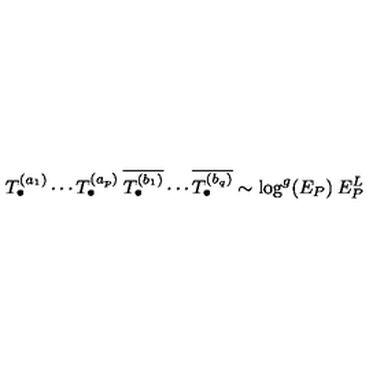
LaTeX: T _ { \bullet } ^ { ( a _ { 1 } ) } \cdots T _ { \bullet } ^ { ( a _ { p } ) } \: \overline { { T _ { \bullet } ^ { ( b _ { 1 } ) } } } \cdots \overline { { T _ { \bullet } ^ { ( b _ { q } ) } } } \sim \log ^ { g } ( E _ { P } ) \: E _ { P } ^ { L }